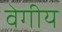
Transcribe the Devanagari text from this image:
वेगीय